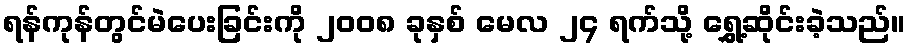
ရန်ကုန်တွင်မဲပေးခြင်းကို ၂၀၀၈ ခုနှစ် မေလ ၂၄ ရက်သို့ ရွှေ့ဆိုင်းခဲ့သည်။